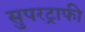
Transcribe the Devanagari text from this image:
सुपरट्राफी